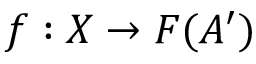
f : X \to F ( A ^ { \prime } )